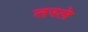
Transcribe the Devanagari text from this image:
तरले